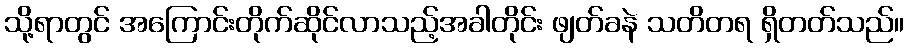
သို့ရာတွင် အကြောင်းတိုက်ဆိုင်လာသည့်အခါတိုင်း ဖျတ်ခနဲ သတိတရ ရှိတတ်သည်။